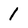
Character: 1